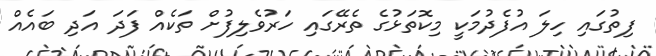
ފިތުގައި ހިލަ އުފެދުމަކީ މިކޮތަޅުގެ ތެރޭގައި ހަރުވެލިފުށް ތަކެއް ފަދަ އަދި ބައެއް